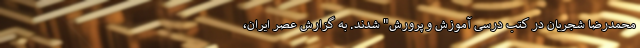
محمدرضا شجریان در کتب درسی آموزش و پرورش" شدند. به گزارش عصر ایران،